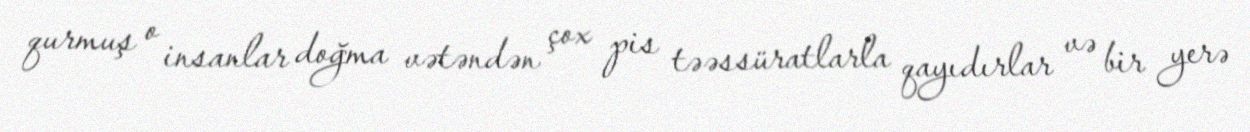
qurmuş o insanlar doğma vətəndən çox pis təəssüratlarla qayıdırlar və bir yerə